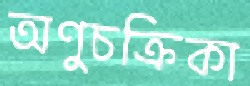
অণুচক্রিকা